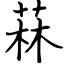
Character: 菻